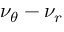
\nu _ { \theta } - \nu _ { r }